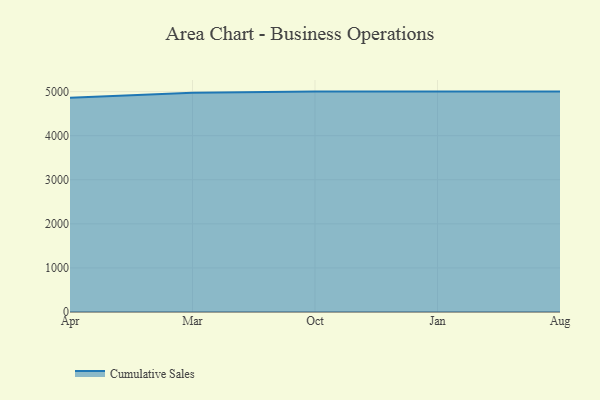
{"axis": {"x": "Month", "y": "Churn Rate (%)"}, "legend": ["Cumulative Sales"], "data": [{"x": "Apr", "y": 4858.2, "type": "Cumulative Sales"}, {"x": "Mar", "y": 4971.5, "type": "Cumulative Sales"}, {"x": "Oct", "y": 5000, "type": "Cumulative Sales"}, {"x": "Jan", "y": 5000, "type": "Cumulative Sales"}, {"x": "Aug", "y": 5000, "type": "Cumulative Sales"}]}